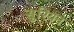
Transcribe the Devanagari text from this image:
सुरियन